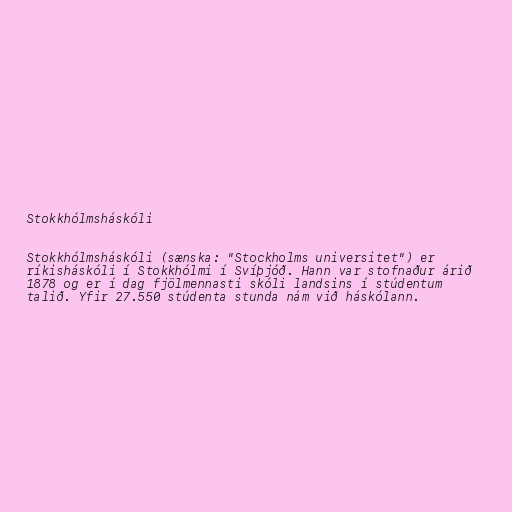
Stokkhólmsháskóli

Stokkhólmsháskóli (sænska: "Stockholms universitet") er
ríkisháskóli í Stokkhólmi í Svíþjóð. Hann var stofnaður árið
1878 og er í dag fjölmennasti skóli landsins í stúdentum
talið. Yfir 27.550 stúdenta stunda nám við háskólann.